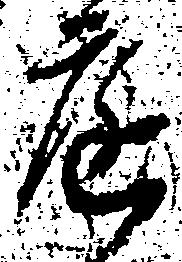
庭